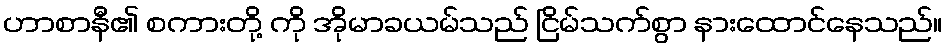
ဟာစာနီ၏ စကားတို့ ကို အိုမာခယမ်သည် ငြိမ်သက်စွာ နားထောင်နေသည်။